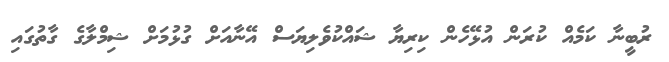
ރުބީނާ ކަމެއް ކުރަން އުޅޭހެން ކިރިޔާ ޝައްކުވެލިޔަސް އޭނާއަށް ގުޅުމަށް ޝިމްލާގެ ގާތުގައި